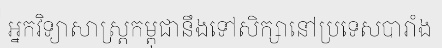
អ្នកវិទ្យាសាស្ត្រកម្ពុជានឹងទៅសិក្សានៅប្រទេសបារាំង